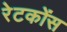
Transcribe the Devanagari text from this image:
रेटकोंस